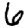
Digit: 6